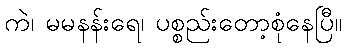
ကဲ၊ မမနန်းရေ၊ ပစ္စည်းတော့စုံနေပြီ။